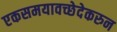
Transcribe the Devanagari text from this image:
एकसमयावच्छेदेकरुन